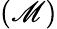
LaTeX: (\mathscr{M})